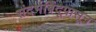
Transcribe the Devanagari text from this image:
संदर्भबिंदूपासून